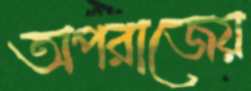
অপরাজেয়